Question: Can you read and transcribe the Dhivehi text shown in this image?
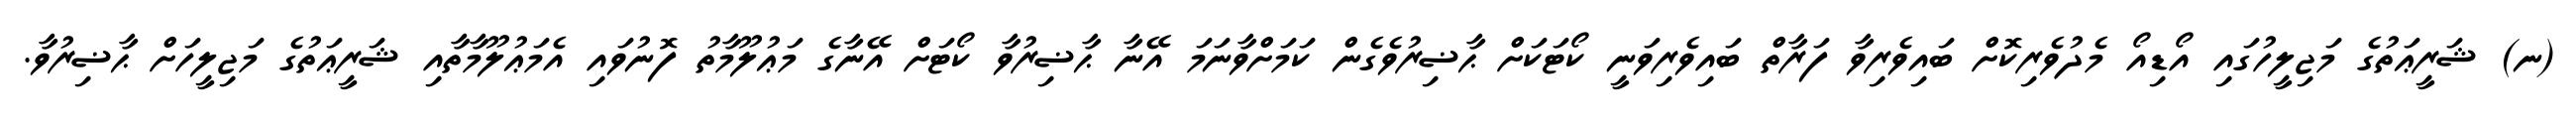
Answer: (ނ) ޝަރީޢަތުގެ މަޖިލީހުގައި އޯޑިއޯ މެދުވެރިކޮށް ބައިވެރިވާ ފަރާތް ބައިވެރިވަނީ ކޯޓަކަށް ޙާޟިރުވެގެން ކަމަށްވާނަމަ އޭނާ ޙާޟިރުވާ ކޯޓަށް އޭނާގެ މަޢުލޫމާތު ފޮނުވައި އެމަޢުލޫމާތާއި ޝަރީޢަތުގެ މަޖިލީހަށް ޙާޟިރުވާ.